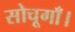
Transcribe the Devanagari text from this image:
सोचूगाँ।